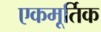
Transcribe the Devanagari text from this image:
एकमूर्तिक